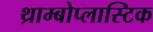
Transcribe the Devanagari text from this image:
थ्राम्बोप्लास्टिक